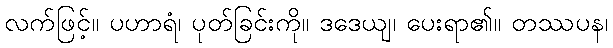
လက်ဖြင့်။ ပဟာရံ၊ ပုတ်ခြင်းကို။ ဒဒေယျ၊ ပေးရာ၏။ တဿပန၊